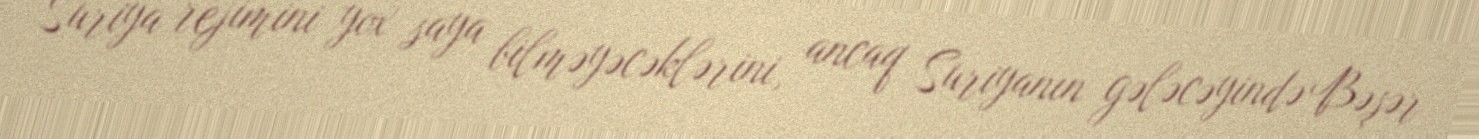
Suriya rejimini yox saya bilməyəcəklərini, ancaq Suriyanın gələcəyində Bəşər